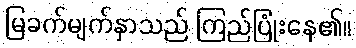
မြခက်မျက်နှာသည် ကြည်ပြုံးနေ၏။